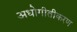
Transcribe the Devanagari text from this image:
अधोगीतीकरण